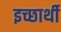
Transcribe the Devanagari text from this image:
इच्छार्थी